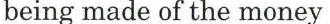
being made of the money